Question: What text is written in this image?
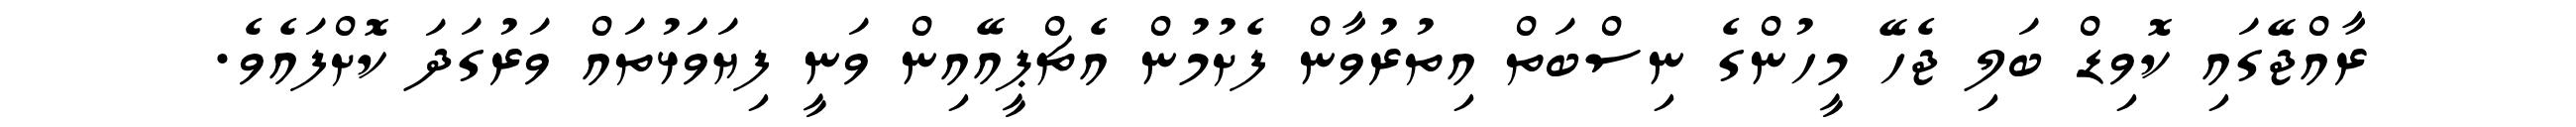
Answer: ރާއްޖޭގައި ކޮވިޑް ބަލި ޖެހޭ މީހުންގެ ނިސްބަތް އިތުރުވާން ފެށުމުން އެޗްޕީއޭއިން ވަނީ ފިޔަވަަޅުތައް ވަރުގަދަ ކޮށްފައެވެ.